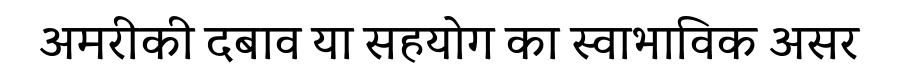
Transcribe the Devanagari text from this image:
अमरीकी दबाव या सहयोग का स्वाभाविक असर